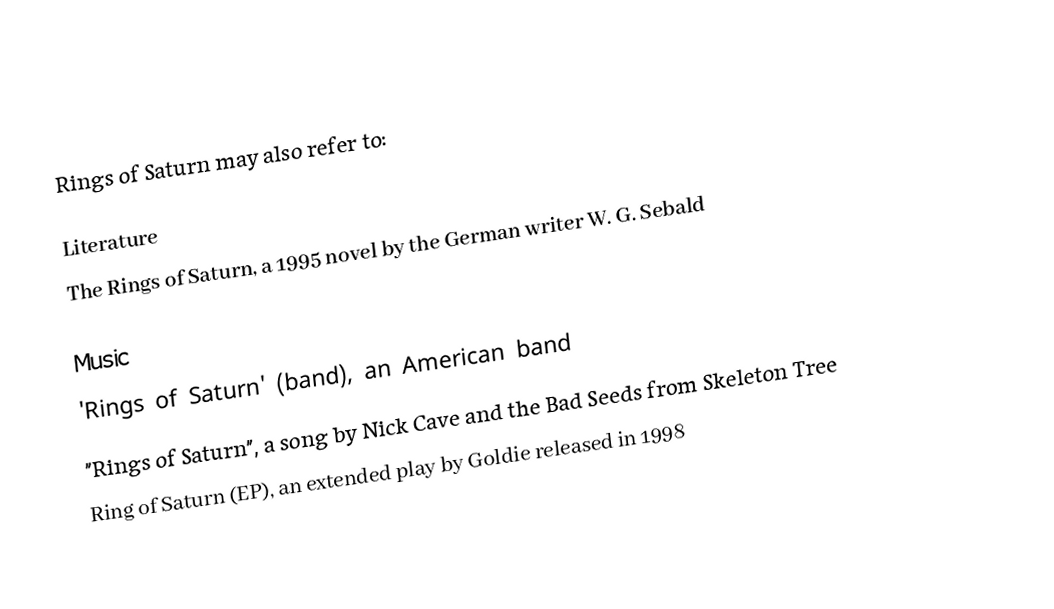
Rings of Saturn may also refer to:

Literature
The Rings of Saturn, a 1995 novel by the German writer W. G. Sebald

Music
'Rings of Saturn' (band), an American band
"Rings of Saturn", a song by Nick Cave and the Bad Seeds from Skeleton Tree
Ring of Saturn (EP), an extended play by Goldie released in 1998